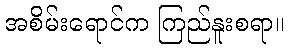
အစိမ်းရောင်က ကြည်နူးစရာ။